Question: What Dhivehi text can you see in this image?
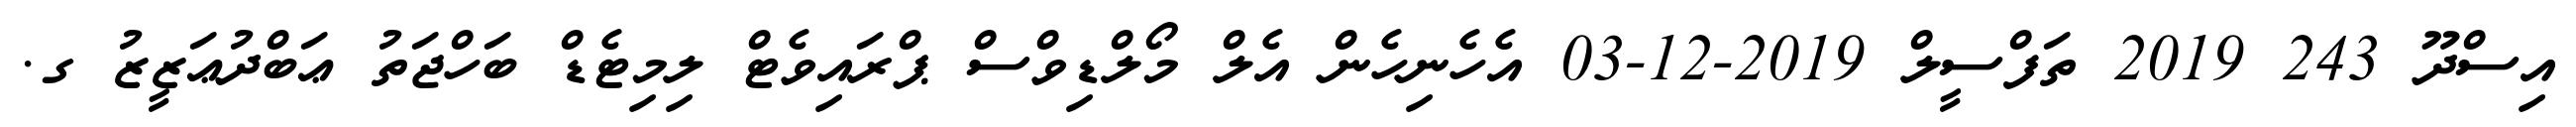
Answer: އިސްދޫ 243 2019 ތަފްސީލް 2019-12-03 އެހެނިހެން އެލް މޯލްޑިވްސް ޕްރައިވެޓް ލިމިޓެޑް ބަހްޖަތު ޢަބްދުޢަޒީޒު ގ.